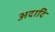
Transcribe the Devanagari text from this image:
अदादि